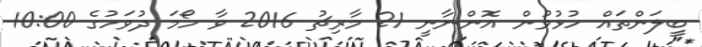
ބީލަންތައް ހުޅުވުން އޮންނާނީ 21 މާރިޗު 2016 ވާ ހޯމަ ދުވަހުގެ 10:00